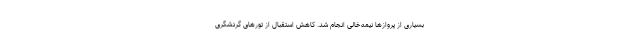
بسیاری از پروازها نیمه‌خالی انجام شد. کاهش استقبال از تورهای گردشگری